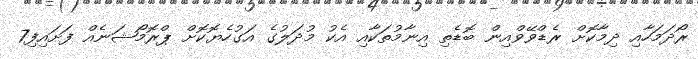
ރޯދަމަހާއި ދިމާކޮށް ރެޑްވޭވްއިން ބޮޑެތި އިނާމުތަކާއި އެކު މުދަލުގެ އަގުހެޔޮކޮށް ޕްރޮމޯޝަނެއް ފަށައިފި7